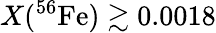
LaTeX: X(^{56}\mathrm{Fe})\gtrsim 0.0018